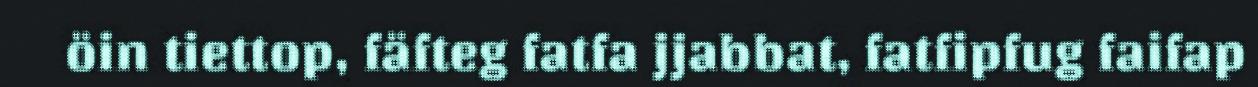
öin tiettop, fäfteg fatfa jjabbat, fatfipfug faifap